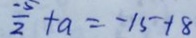
\frac { - 5 } { 2 } + a = - 1 5 + 8